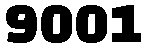
9001